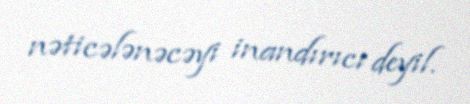
nəticələnəcəyi inandırıcı deyil.